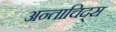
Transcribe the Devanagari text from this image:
अन्ताचिद्स